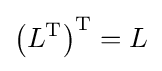
\left(L^{\operatorname {T} }\right)^{\operatorname {T} }=L